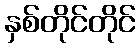
နှစ်တိုင်တိုင်